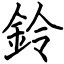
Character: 鈴